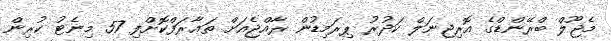
މެޖޫލް ބްރޭންޑްގެ އޮރިޖިނަލް ކަދުރު ޕިރަމިޑުން ރާއްޖެއަށް ތަޢާރަފްކޮށްފި 57 މިނެޓު ކުރިން